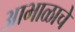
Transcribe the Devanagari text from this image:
आभाळाचे